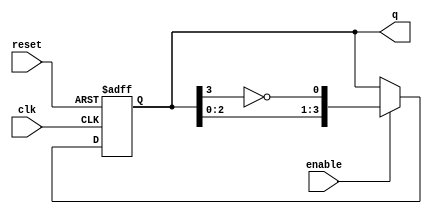
module johnson_counter (
    input wire clk,          // Clock input
    input wire enable,       // Enable signal
    input wire reset,        // Reset signal
    output reg [N-1:0] q     // Counter output
);
    parameter N = 4;         // Number of flip-flops (can be changed as needed)

    always @(posedge clk or posedge reset) begin
        if (reset) begin
            q <= 0;          // Initialize counter to 0 on reset
        end else if (enable) begin
            // Johnson counter logic
            q <= {q[N-2:0], ~q[N-1]}; // Shift left and invert the last bit
        end
    end
endmodule